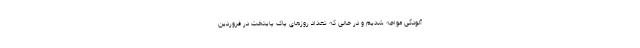
آلودگی مواجه شدیم و در حالی که تعداد روزهای پاک پایتخت در فروردین